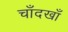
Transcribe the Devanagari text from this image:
चाँदखाँ